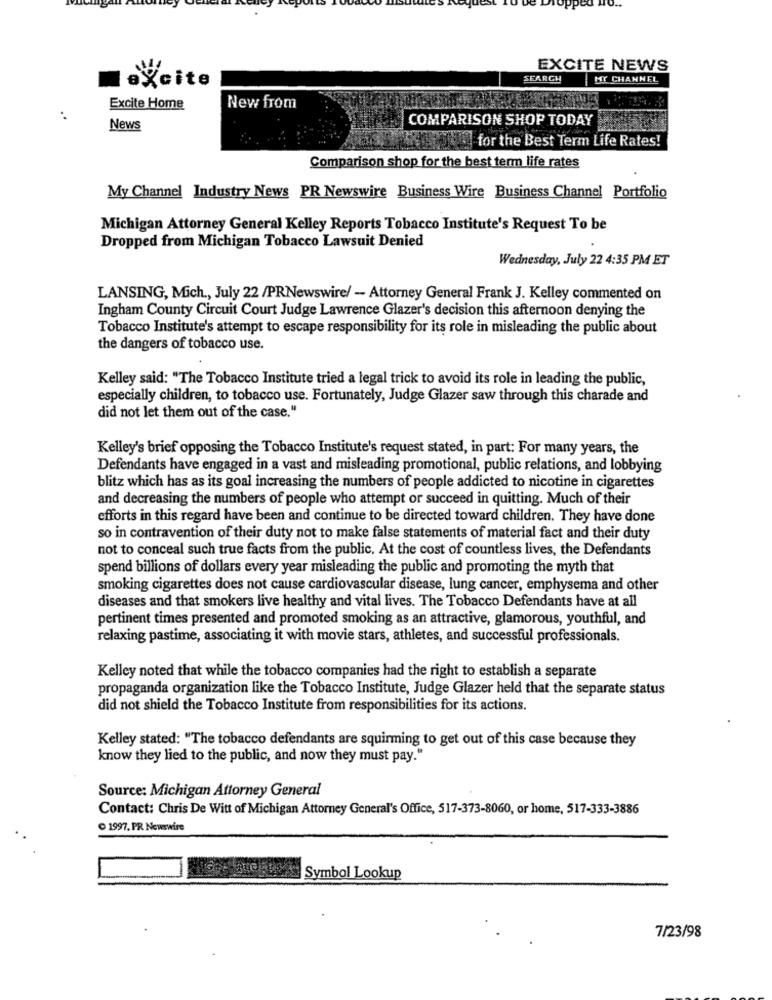
EXCITE NEWS
excite
SEARCH
MY CHANNEL
Excite Home
New from
COMPARISON SHOP TODAY
News
for the Best Term Life Rates!
Comparison shop for the best term life rates
My Channel Industry News PR Newswire Business Wire Business Channel Portfolio
Michigan Attorney General Kelley Reports Tobacco Institute's Request To be
Dropped from Michigan Tobacco Lawsuit Denied
Wednesday, July 22 4:35 PM ET
LANSING, Mich ., July 22 /PRNewswire/ - Attorney General Frank J. Kelley commented on
Ingham County Circuit Court Judge Lawrence Glazer's decision this afternoon denying the
Tobacco Institute's attempt to escape responsibility for its role in misleading the public about
the dangers of tobacco use.
Kelley said: "The Tobacco Institute tried a legal trick to avoid its role in leading the public,
especially children, to tobacco use. Fortunately, Judge Glazer saw through this charade and
did not let them out of the case."
Kelley's brief opposing the Tobacco Institute's request stated, in part: For many years, the
Defendants have engaged in a vast and misleading promotional, public relations, and lobbying
blitz which has as its goal increasing the numbers of people addicted to nicotine in cigarettes
and decreasing the numbers of people who attempt or succeed in quitting. Much of their
efforts in this regard have been and continue to be directed toward children. They have done
so in contravention of their duty not to make false statements of material fact and their duty
not to conceal such true facts from the public. At the cost of countless lives, the Defendants
spend billions of dollars every year misleading the public and promoting the myth that
smoking cigarettes does not cause cardiovascular disease, lung cancer, emphysema and other
diseases and that smokers live healthy and vital lives. The Tobacco Defendants have at all
pertinent times presented and promoted smoking as an attractive, glamorous, youthful, and
relaxing pastime, associating it with movie stars, athletes, and successful professionals.
Kelley noted that while the tobacco companies had the right to establish a separate
propaganda organization like the Tobacco Institute, Judge Glazer held that the separate status
did not shield the Tobacco Institute from responsibilities for its actions.
Kelley stated: "The tobacco defendants are squirming to get out of this case because they
know they lied to the public, and now they must pay."
Source: Michigan Attorney General
Contact: Chris De Witt of Michigan Attorney General's Office, 517-373-8060, or home, 517-333-3886
1997. PR Newswire
Symbol Lookup
7/23/98